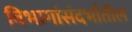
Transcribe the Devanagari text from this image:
विभागांसंदर्भातील